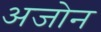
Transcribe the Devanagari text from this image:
अजोन